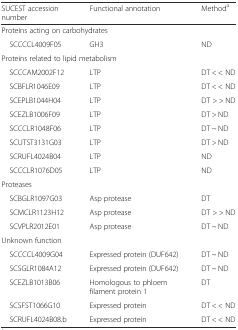
<table><thead><tr><td><b>SUCEST accession number</b></td><td><b>Functional annotation</b></td><td><b>Method<sup>a</sup></b></td></tr></thead><tbody><tr><td colspan="3">Proteins acting on carbohydrates</td></tr><tr><td> SCCCCL4009F05</td><td>GH3</td><td>ND</td></tr><tr><td colspan="3">Proteins related to lipid metabolism</td></tr><tr><td> SCCCAM2002F12</td><td>LTP</td><td>DT &lt; &lt; ND</td></tr><tr><td> SCBFLR1046E09</td><td>LTP</td><td>DT &lt; &lt; ND</td></tr><tr><td> SCEPLB1044H04</td><td>LTP</td><td>DT &gt; &gt; ND</td></tr><tr><td> SCEZLB1006F09</td><td>LTP</td><td>DT &gt; ND</td></tr><tr><td> SCCCLR1048F06</td><td>LTP</td><td>DT ~ ND</td></tr><tr><td> SCUTST3131G03</td><td>LTP</td><td>DT &gt; ND</td></tr><tr><td> SCRUFL4024B04</td><td>LTP</td><td>ND</td></tr><tr><td> SCCCLR1076D05</td><td>LTP</td><td>ND</td></tr><tr><td colspan="3">Proteases</td></tr><tr><td> SCBGLR1097G03</td><td>Asp protease</td><td>DT</td></tr><tr><td> SCMCLR1123H12</td><td>Asp protease</td><td>DT &gt; &gt; ND</td></tr><tr><td> SCVPLR2012E01</td><td>Asp protease</td><td>DT ~ ND</td></tr><tr><td colspan="3">Unknown function</td></tr><tr><td> SCCCCL4009G04</td><td>Expressed protein (DUF642)</td><td>DT ~ ND</td></tr><tr><td> SCSGLR1084A12</td><td>Expressed protein (DUF642)</td><td>DT ~ ND</td></tr><tr><td> SCEZLB1013B06</td><td>Homologous to phloem filament protein 1</td><td>DT</td></tr><tr><td> SCSFST1066G10</td><td>Expressed protein</td><td>DT &lt; &lt; ND</td></tr><tr><td> SCRUFL4024B08.b</td><td>Expressed protein</td><td>DT &lt; &lt; ND</td></tr></tbody></table>